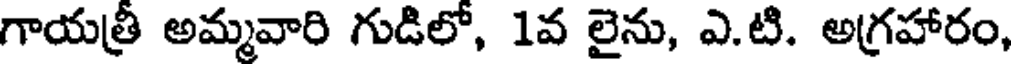
గాయత్రీ అమ్మవారి గుడిలో, 1వ లైను, ఎ.టి. అగ్రహారం,